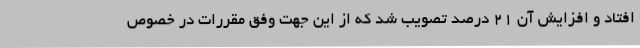
افتاد و افزایش آن 21 درصد تصویب شد که از این جهت وفق مقررات در خصوص